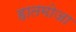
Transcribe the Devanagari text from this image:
हातमोजा